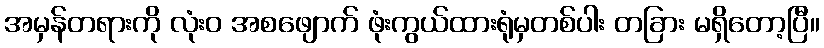
အမှန်တရားကို လုံးဝ အစဖျောက် ဖုံးကွယ်ထားရုံမှတစ်ပါး တခြား မရှိတော့ပြီ။